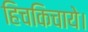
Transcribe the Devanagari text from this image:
हिचकिचाये।